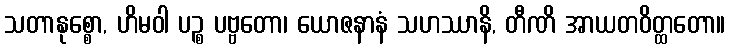
သတာနုစ္စော, ဟိမဝါ ပဉ္စ ပဗ္ဗတော၊ ယောဇနာနံ သဟဿာနိ, တီဏိ အာယတဝိတ္ထတော။